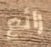
رائع